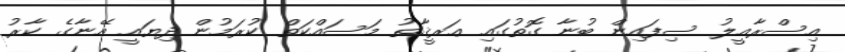
އިސްރާއީލު ސިފައިން ބުނާ ގޮތުގައި ޢަރީޤާތު މަސައްކަތް ކުރަމުން ދިޔައީ އޭނާގެ ކާރު